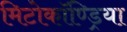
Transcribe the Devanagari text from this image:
मिटोकॉण्ड्रिया